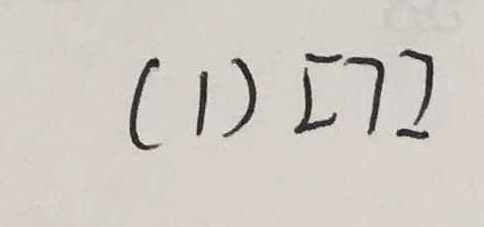
( 1 ) [ 7 ]